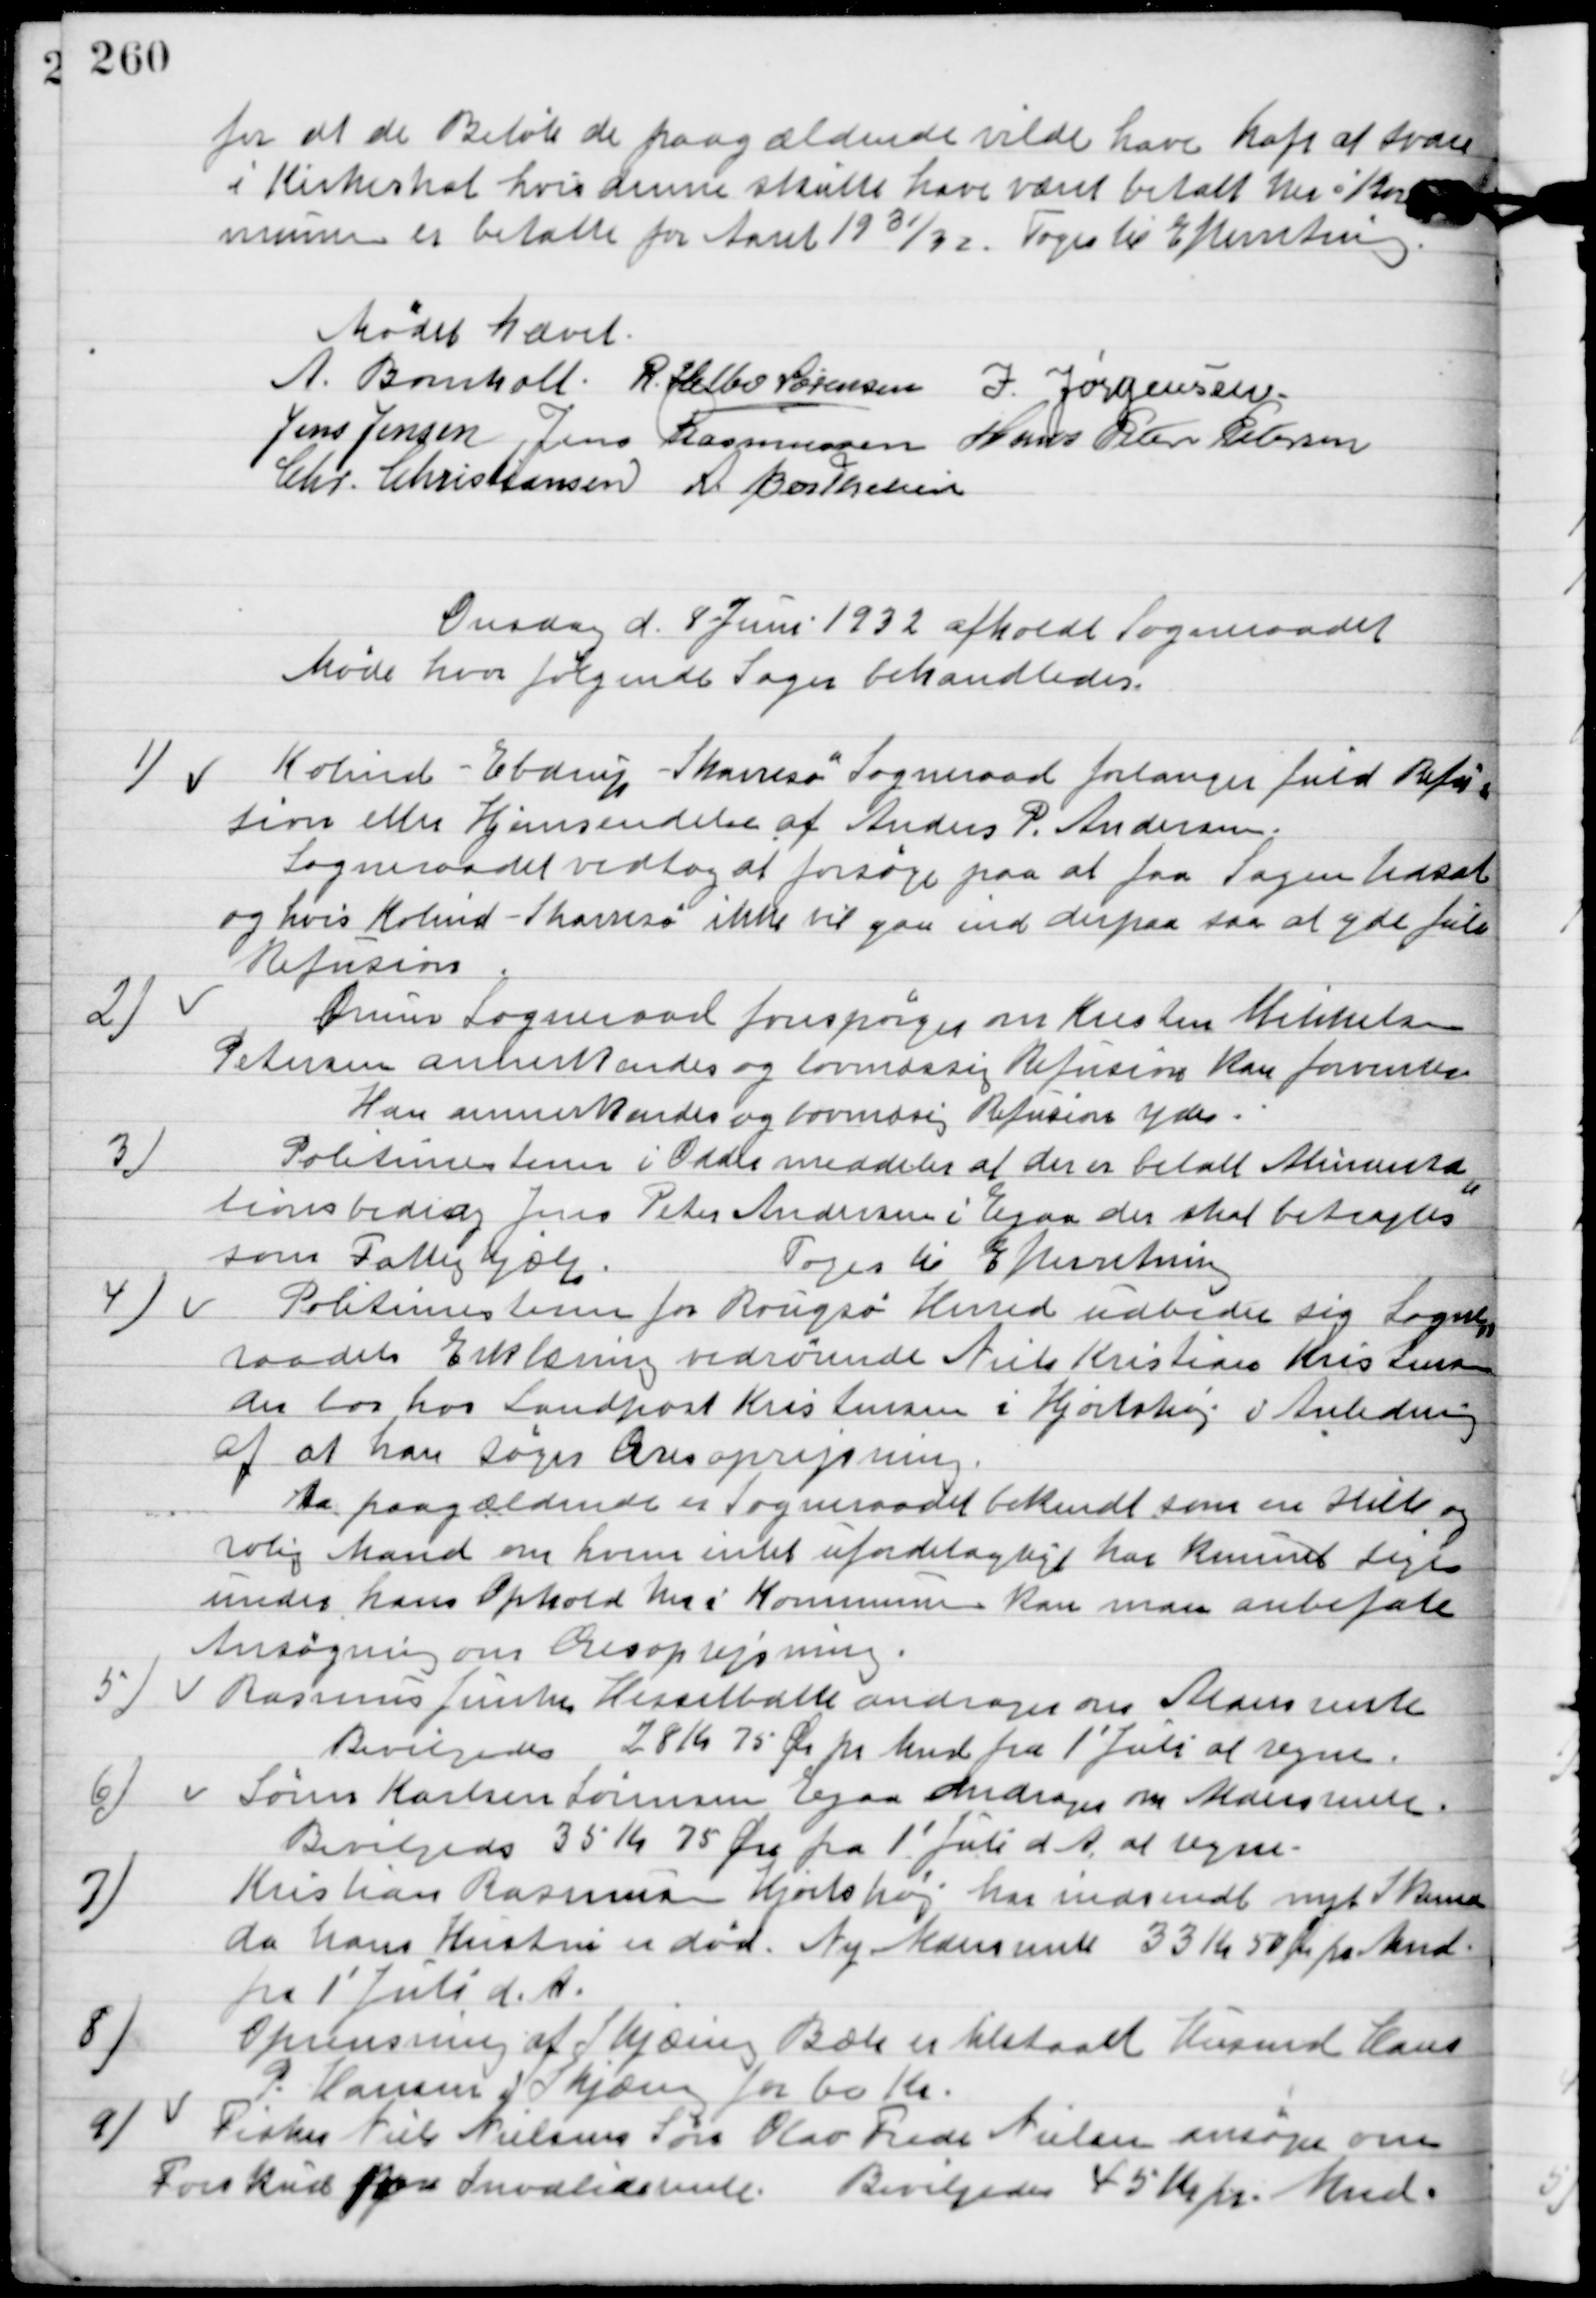
Transskription:
For at de Beløb de paagældende vilde have haft at svare
i Kirkeskat hvis denne skulle have været betalt her i Kom-
munen er betalte for Aaret 1931/32.
Toges til Efterretning

Mødet hævet.

A. Bomholt
R. Helbo Sørensen
J. Jørgensen
Jens Jensen
Jens Rasmussen
Hans Peter Pedersen
Chr. Christiansen
A. Berthelsen

Onsdag d. 8. Juni afholdt Sogneraadet
Møde hvor følgende Sager behandledes.

1

Kolind-Ebdrup-Skarresø Sogneraad forlanger fuld Refu-
sion eller Hjemsendelse af Anders P. Andersen.
Sogneraadet vedtog at forsøge paa at faa Sagen hensat
og hvis Kolind-Skarresø ikke vil gaa ind derpaa saa at yde fuld
Refusion.

2

Ørum Sogneraad forespørger om Kresten Mikkelsen
Petersen annerkendes og lovmæssig Refusion kan forventes.
Han annerkendes og lovmæssig Refusion ydes.

3

Politimesteren i Odder meddeler at der er betalt Alimenta-
tionsbidrag Jens Peter Andersen i Egaa der skal betragtes
som Fattighjælp.
Toges til Efterretning.

4.

Politimesteren for Rougsø Herred udbeder sig Sogne-
raadets Erklæring vedrørende Niels Kristian Kristensen
 der bor hos Landpost Kristensen i Hjortshøj i Anledning 
af at han søger Æresoprejsning.
Da paagældende er Sogneraadet bekendt som en Helli og 
rolig Mand om hvem intet ufordelagtigt har kunnet sige 
under hans Ophold her i Kommunen kan man anbefale 
Ansøgningen om Æresoprejsning.

5

Rasmus Junker Hesselballe andrager om Aldersrente
Bevilges 28 Kr.75 Øre pr. Mnd. Fra 1´ Juli at regne.

6.

Søren Karlsen Sørensen Egaa andrager om Aldersrente
Bevilgedes 35 Kr. 75 Øre pr. Mnd. 1´ Juli d. A. at regne.

7

Kristian Rasmussen Hjortshøj har indsendt nyt Skema
da hans Hustru er død.
Ny Aldersrente 33 Kr. 50 Øre pr. Mnd.
1´ Juli d. A.

8

Oprensning af Skjæring Bæk er tilstaaet Husmand Hans
P. Hansen Skjæring for 60 Kr.

9

Fisker Niels Nielsens Søn Olav Frede Nielsen ansøger om
forskud for Invaliderente.
Bevilgedes 45 Kr. pr. Mnd.